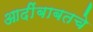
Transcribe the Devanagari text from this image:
आदींबाबतचे